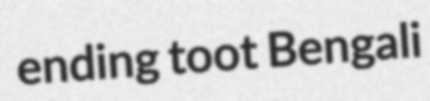
ending toot Bengali